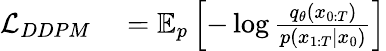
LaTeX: \begin{array}{rl}{\mathcal{L}_{DDPM}}&{{}=\mathbb{E}_{p}\left[-\log\frac{q_{\theta}(x_{0:T})}{p(x_{1:T}|x_{0})}\right]}\end{array}